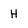
Character: H